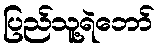
ပြည်သူ့ရဲဘော်